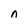
Character: n